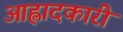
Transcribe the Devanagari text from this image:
आह्लादकारी